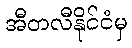
အီတလီနိုင်ငံမှ